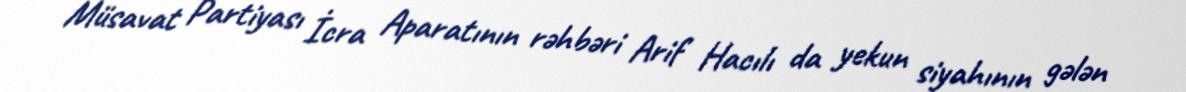
Müsavat Partiyası İcra Aparatının rəhbəri Arif Hacılı da yekun siyahının gələn